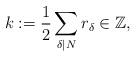
LaTeX: \begin{align*} k:=\frac12\sum_{\delta|N} r_\delta\in\mathbb{Z},\end{align*}